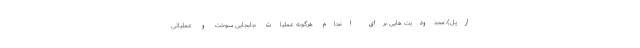
ارپل)، محدودیت هایی برای انجام هرگونه عملیات جابجایی سوخت و عملیاتی